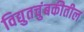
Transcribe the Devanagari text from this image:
विद्युतचुंबकीतील